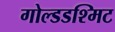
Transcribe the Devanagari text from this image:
गोल्डडश्मिट